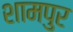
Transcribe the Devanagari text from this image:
शामपुर